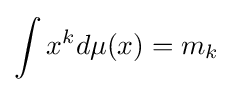
\int x^{k}d\mu (x)=m_{k}